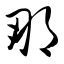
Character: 那